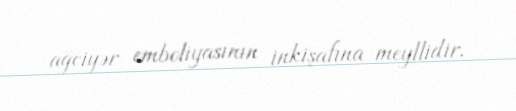
ağciyər emboliyasının inkişafına meyllidir.